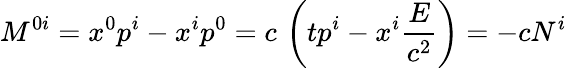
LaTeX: M^{0i}=x^{0}p^{i}-x^{i}p^{0}=c\, \left(tp^{i}-x^{i}{\frac{E}{c^{2}}}\right)=-cN^{i}